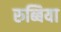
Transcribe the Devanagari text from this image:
रुब्बिया